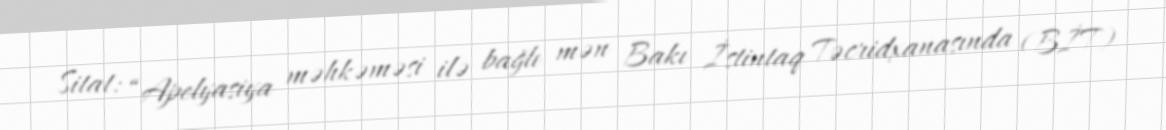
Sitat: “Apelyasiya məhkəməsi ilə bağlı mən Bakı İstintaq Təcridxanasında (BİT)